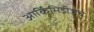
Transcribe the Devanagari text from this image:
आर्किमिडीजचे